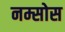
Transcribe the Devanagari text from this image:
नम्सोस